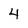
Character: 4